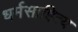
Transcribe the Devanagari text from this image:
धर्मसाहित्य